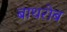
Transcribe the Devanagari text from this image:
बाथरोब